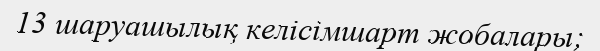
13 шаруашылық келісімшарт жобалары;